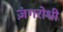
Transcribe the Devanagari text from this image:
ज़ंगरोधी